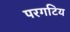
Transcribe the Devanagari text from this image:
परगटिय